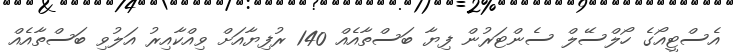
އެސްޓީއޯގެ ހޯލްސޭލް ސެންޓަރުން ފިޔާ ބަސްތާއެއް 140 ރުފިޔާއަށް ވިއްކާއިރު އަލުވި ބަސްތާއެއް